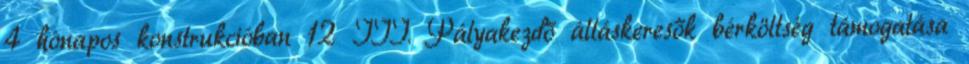
4 hónapos konstrukcióban 12 III. Pályakezdő álláskeresők bérköltség támogatása